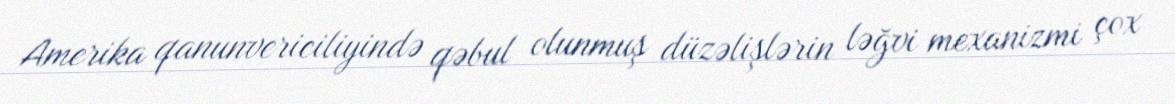
Amerika qanunvericiliyində qəbul olunmuş düzəlişlərin ləğvi mexanizmi çox